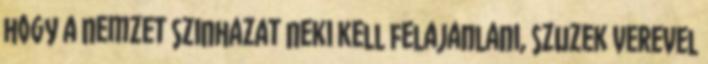
hogy a nemzet szinhazat neki kell felajanlani, szuzek verevel